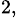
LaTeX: ^{2,}